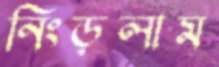
নিংড়লাম